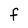
Character: F